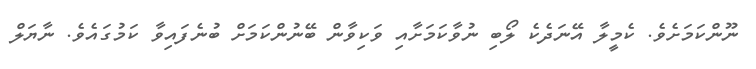
ނޫންކަމަށެވެ. ކެމީލާ އޭނަދެކެ ލޯބި ނުވާކަމަށާއި ވަކިވާން ބޭނުންކަމަށް ބުނެފައިވާ ކަމުގައެވެ. ނާޔަލް